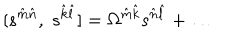
[ s ^ { \hat { m } \hat { n } } , \; s ^ { \hat { k } \hat { l } } ] = \Omega ^ { \hat { m } \hat { k } } s ^ { \hat { n } \hat { l } } + \dots